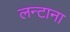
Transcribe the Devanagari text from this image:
लन्टाना